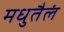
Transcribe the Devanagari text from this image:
मधुतैलं